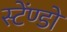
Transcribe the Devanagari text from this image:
स्टेंण्डों